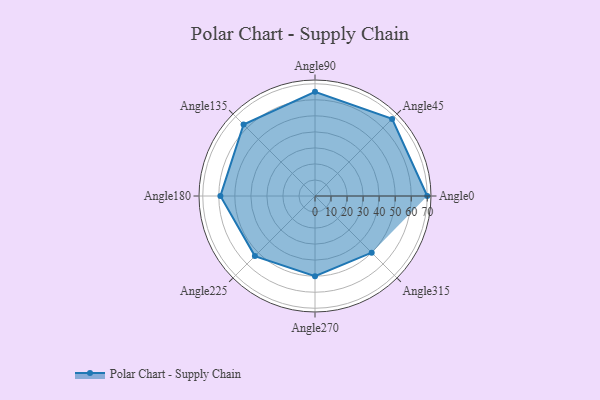
{"axis": {"x": "Angle", "y": "Radius"}, "legend": [""], "data": [{"x": "Angle0", "y": 70.0, "type": ""}, {"x": "Angle45", "y": 68.0, "type": ""}, {"x": "Angle90", "y": 65.0, "type": ""}, {"x": "Angle135", "y": 63.0, "type": ""}, {"x": "Angle180", "y": 59.0, "type": ""}, {"x": "Angle225", "y": 53.0, "type": ""}, {"x": "Angle270", "y": 50, "type": ""}, {"x": "Angle315", "y": 50, "type": ""}]}